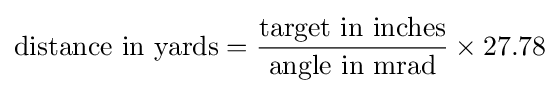
{\text{distance in yards}}={\frac {\text{target in inches}}{\text{angle in mrad}}}\times 27.78